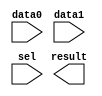
module mux_clk (
	data0,
	data1,
	sel,
	result);

	input	  data0;
	input	  data1;
	input	  sel;
	output	  result;

endmodule